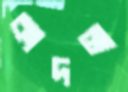
কাদলা